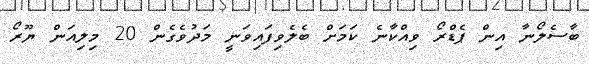
ބާސެލޯނާ އިން ޕެޑްރޯ ވިއްކާނެ ކަަމަށް ބެލެވިފައިވަނީ މަދުވެގެން 20 މިލިއަން ޔޫރޯ